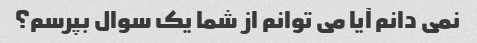
نمی دانم آیا می توانم از شما یک سوال بپرسم؟